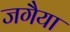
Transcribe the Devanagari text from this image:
जगैया